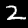
Label: 2